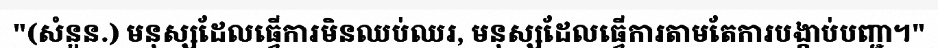
"(សំនួន.) មនុស្សដែលធ្វើការមិនឈប់ឈរ, មនុស្សដែលធ្វើការតាមតែការបង្គាប់បញ្ជា។"